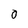
Character: 0